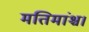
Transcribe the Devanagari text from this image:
मतिमांश्च।